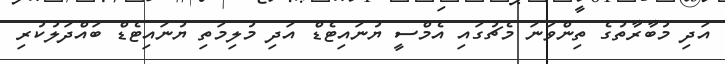
އަދި މުބާރާތުގެ ތިންވަނަ މެޗުގައި އެމްސީ ޔުނައިޓެޑް އަދި މުލިމަތި ޔުނައިޓެޑް ބައްދަލުކުރި